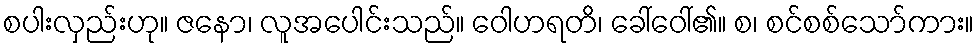
စပါးလှည်းဟု။ ဇနော၊ လူအပေါင်းသည်။ ဝေါဟရတိ၊ ခေါ်ဝေါ်၏။ စ၊ စင်စစ်သော်ကား။